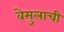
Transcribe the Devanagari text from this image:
वेमुलाची